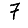
Digit: 7